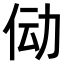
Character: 𫢙